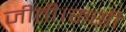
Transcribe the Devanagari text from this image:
जीती।रूसी